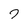
Character: 7